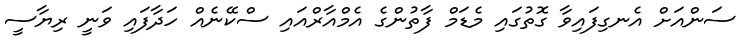
ސަންއަށް އެނގިފައިވާ ގޮތުގައި މެޑަމް ފާތުންގެ އެމްއާރްއައި ސްކޭނެއް ހަދާފައި ވަނީ ރިޔާސީ